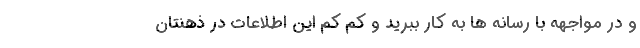
و در مواجهه با رسانه ها به کار ببرید و کم کم این اطلاعات در ذهنتان